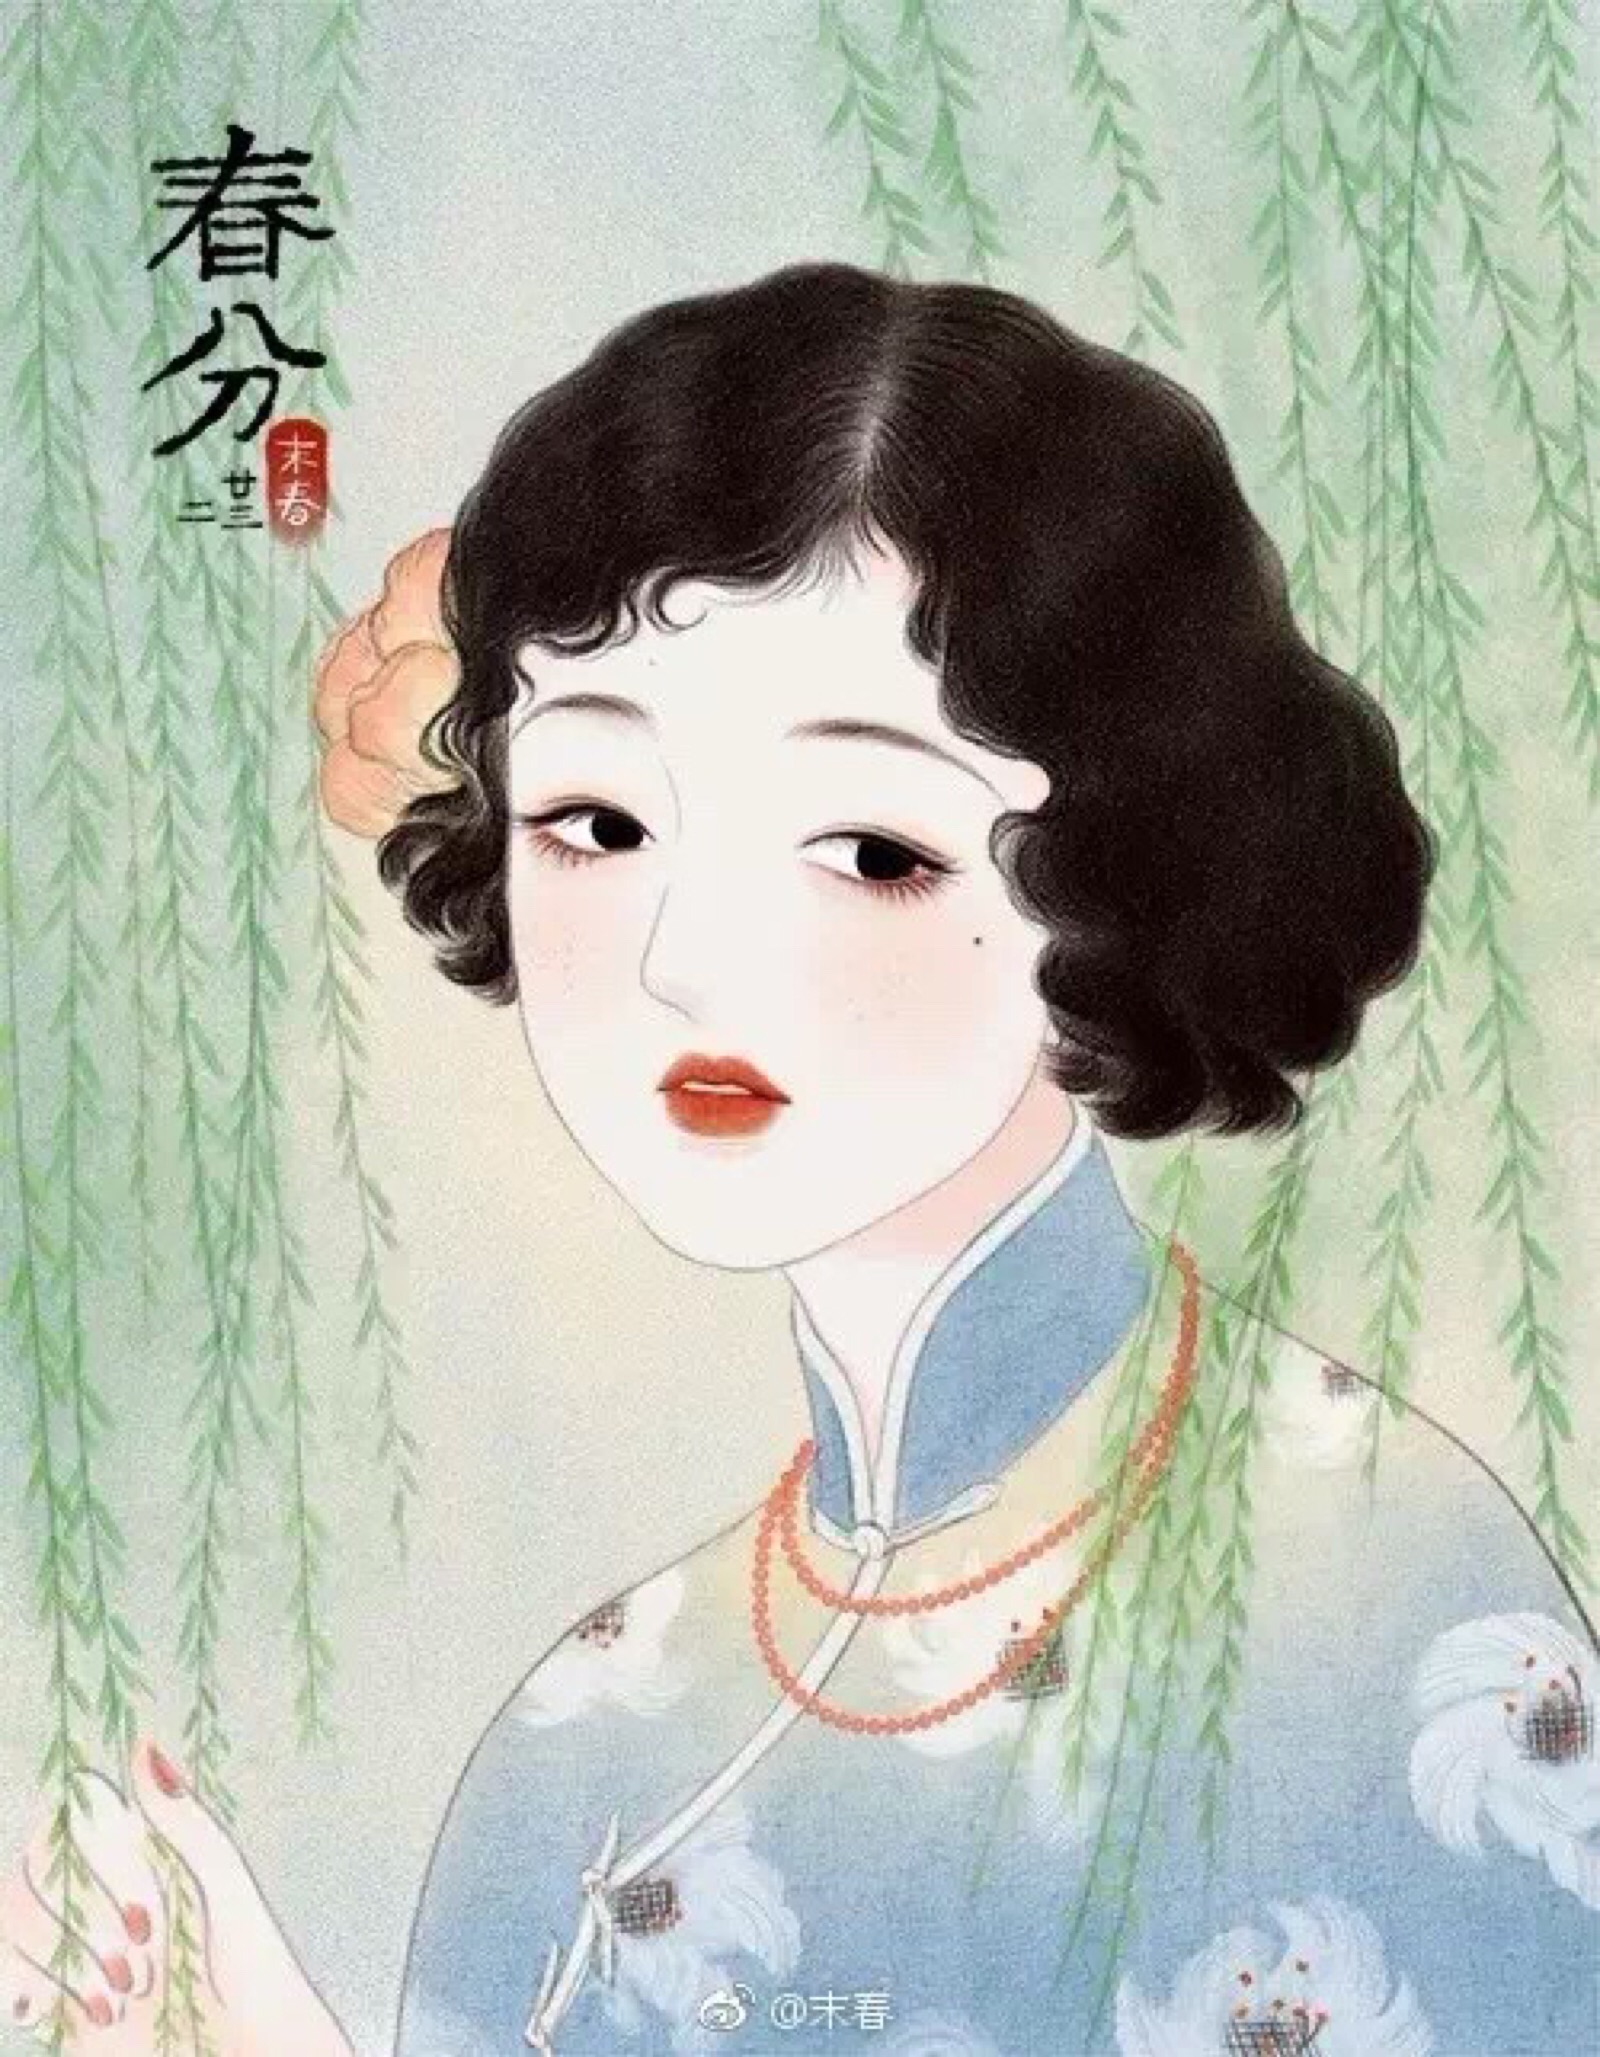
美人结长想，对此心凄然。